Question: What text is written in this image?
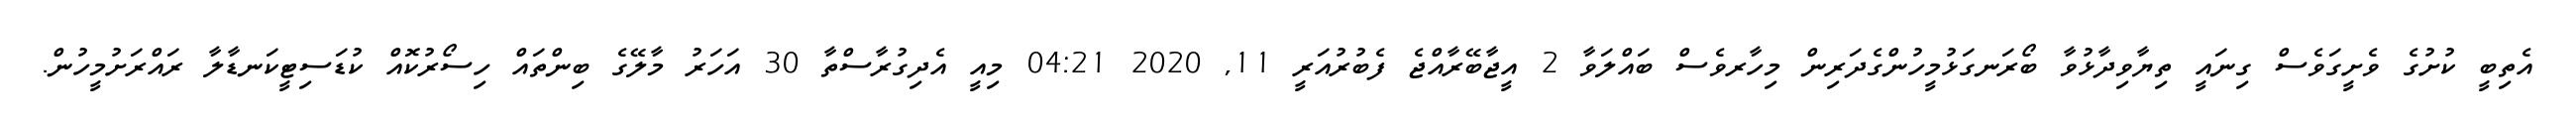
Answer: އެތިބީ ކުށުގެ ވެށީގަވެސް ގިނައީ ތިޔާވިދާޅުވާ ބޯރަނގަޅުމީހުންގެދަރިން މިހާރވެސް ބައްލަވާ 2 އީޖާބޭރާއްޖެ ފެބުރުއަރީ 11, 2020 04:21 މިއީ އެދިގުރާސްތާ 30 އަހަރު މާލޭގެ ބިންތައް ހިސޯރުކޮއް ކުޑަސިޓީކަނޑާލާ ރައްރަށުމީހުން.